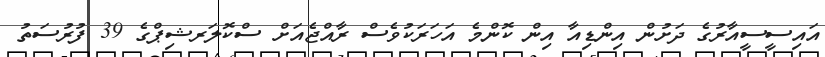
އައިސީސީއާރުގެ ދަށުން އިންޑިއާ އިން ކޮންމެ އަހަރަކުވެސް ރާއްޖެއަށް ސްކޮލަރޝިޕްގެ 39 ފުރުސަތު